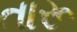
તારૂ